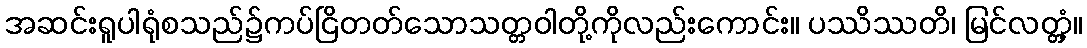
အဆင်းရူပါရုံစသည်၌ကပ်ငြိတတ်သောသတ္တဝါတို့ကိုလည်းကောင်း။ ပဿိဿတိ၊ မြင်လတ္တံ့။